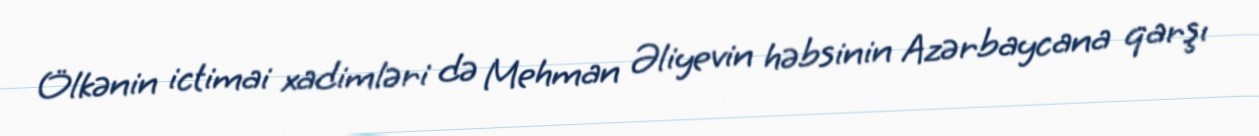
Ölkənin ictimai xadimləri də Mehman Əliyevin həbsinin Azərbaycana qarşı